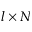
l \times N